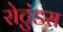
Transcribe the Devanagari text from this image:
रोटुंडस